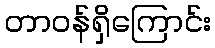
တာဝန်ရှိကြောင်း